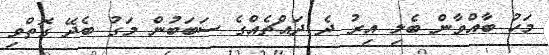
މަހު ބާއްވާން ބެލި އިރު ދެ ދައްޗެއްގެ ސަބަބުން މަގު ބެދޭ ގޮތްވި